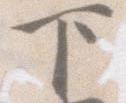
下